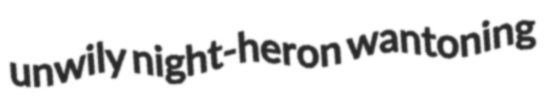
unwily night-heron wantoning